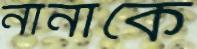
নানাকে